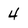
Character: 4